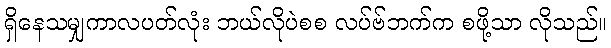
ရှိနေသမျှကာလပတ်လုံး ဘယ်လိုပဲစစ လပ်ဗ်ဘက်က စဖို့သာ လိုသည်။